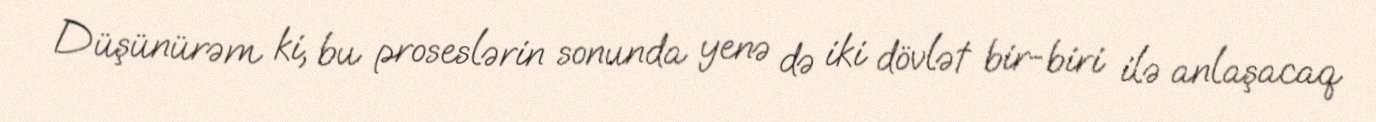
Düşünürəm ki, bu proseslərin sonunda yenə də iki dövlət bir-biri ilə anlaşacaq